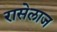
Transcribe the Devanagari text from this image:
रासेलाज